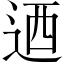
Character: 迺